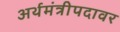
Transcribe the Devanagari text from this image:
अर्थमंत्रीपदावर